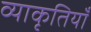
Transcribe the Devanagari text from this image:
व्याकृतियाँ